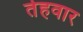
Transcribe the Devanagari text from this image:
तेहवार